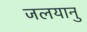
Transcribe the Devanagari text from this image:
जलयानु